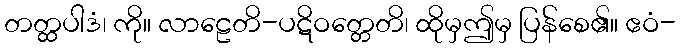
တတ္ထပါဒံ၊ ကို။ လာဠေတိ-ပဋိဝတ္တေတိ၊ ထိုမှဤမှ ပြန်စေ၏။ ဧဝံ-